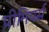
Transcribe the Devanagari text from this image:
प्रीमियर्स